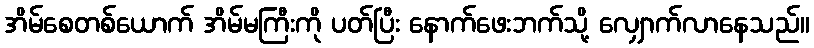
အိမ်စေတစ်ယောက် အိမ်မကြီးကို ပတ်ပြီး နောက်ဖေးဘက်သို့ လျှောက်လာနေသည်။